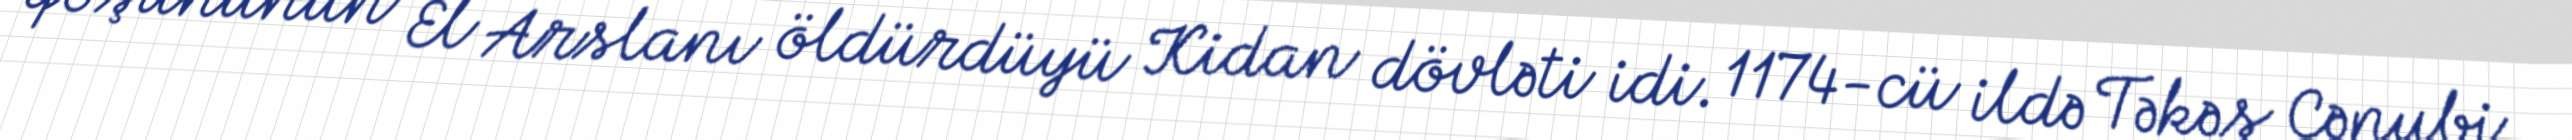
qoşununun El Arslanı öldürdüyü Kidan dövləti idi. 1174-cü ildə Təkəş Cənubi